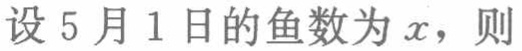
设 5 月 1 日的鱼数为 \(x\)，则